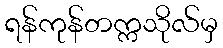
ရန်ကုန်တက္ကသိုလ်မှ